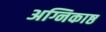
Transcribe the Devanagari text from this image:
अग्निकाष्ठ